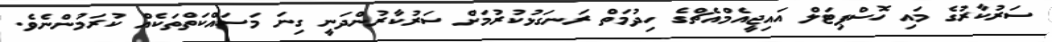
ސަރުކާރުގެ މައި ހޮސްޕިޓަލް އައިޖީއެމްއެޗްގެ ހިދުމަތް ރަނގަޅުކުރުމަށް ސަރުކާރުންދަނީ ގިނަ މަސައްކަތްތަކެއް ކުރަމުންނެވެ.